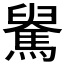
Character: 𩤺